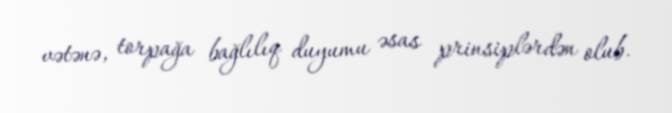
vətənə, torpağa bağlılıq duyumu əsas prinsiplərdən olub.